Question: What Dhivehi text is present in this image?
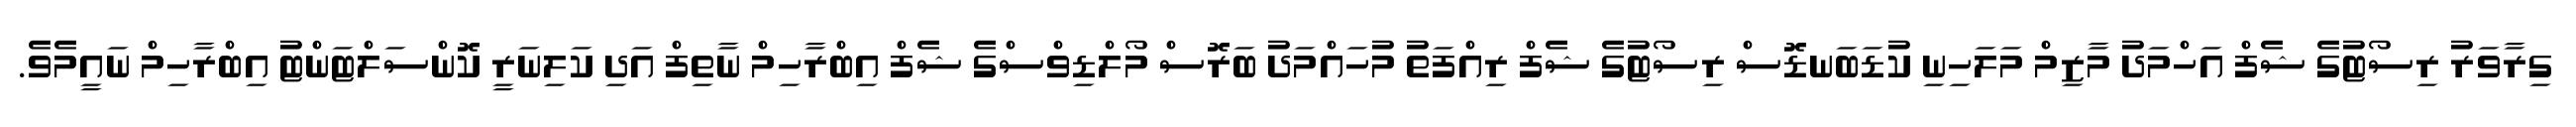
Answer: ގިރާވަރު ރިސޯޓުގެ ޝެފް އަހްމަދު މާޒިމް މަލަހިނި ކުޑަބަނޑޮސް ރިސޯޓުގެ ޝެފް ރިއްފަތު މުހައްމަދު ބަރޮސް މޯލްޑިވްސްގެ ޝެފް އިބްރާހިމް ނާތިފް އަދި ކަލިނަރީ ކޮންސަލްޓަންޓު އިބްރާހިމް ނައީމެވެ.